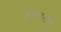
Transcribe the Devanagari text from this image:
कुम्बरलैंड